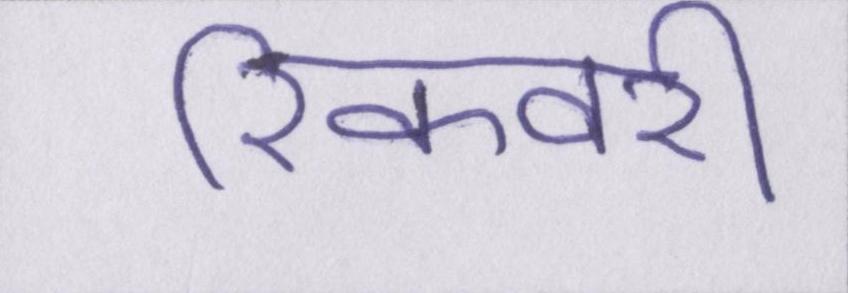
रिकवरी